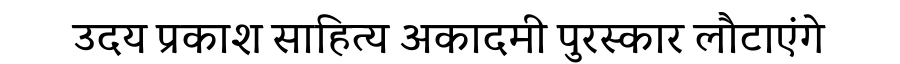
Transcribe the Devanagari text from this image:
उदय प्रकाश साहित्य अकादमी पुरस्कार लौटाएंगे